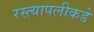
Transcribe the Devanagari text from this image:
रस्त्यापलीकडे